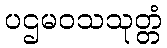
ပဌမဝသသုတ္တံ